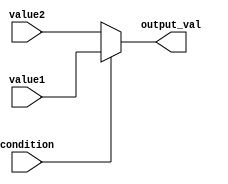
module conditional_assignment (
    input wire condition,        // Input condition (boolean)
    input wire [7:0] value1,    // First value (8-bit)
    input wire [7:0] value2,    // Second value (8-bit)
    output reg [7:0] output_val  // Output value (8-bit)
);

always @(*) begin
    // Conditional assignment using the ternary operator
    output_val = condition ? value1 : value2;
end

endmodule